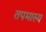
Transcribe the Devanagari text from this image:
तपमास्य